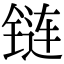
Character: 链